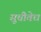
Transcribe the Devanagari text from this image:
सूचीवेध